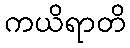
ကယိရာတိ